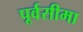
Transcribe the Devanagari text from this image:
पूर्वसीमा